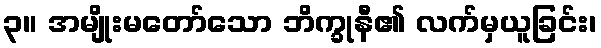
၃။ အမျိုးမတော်သော ဘိက္ခုနီ၏ လက်မှယူခြင်း၊